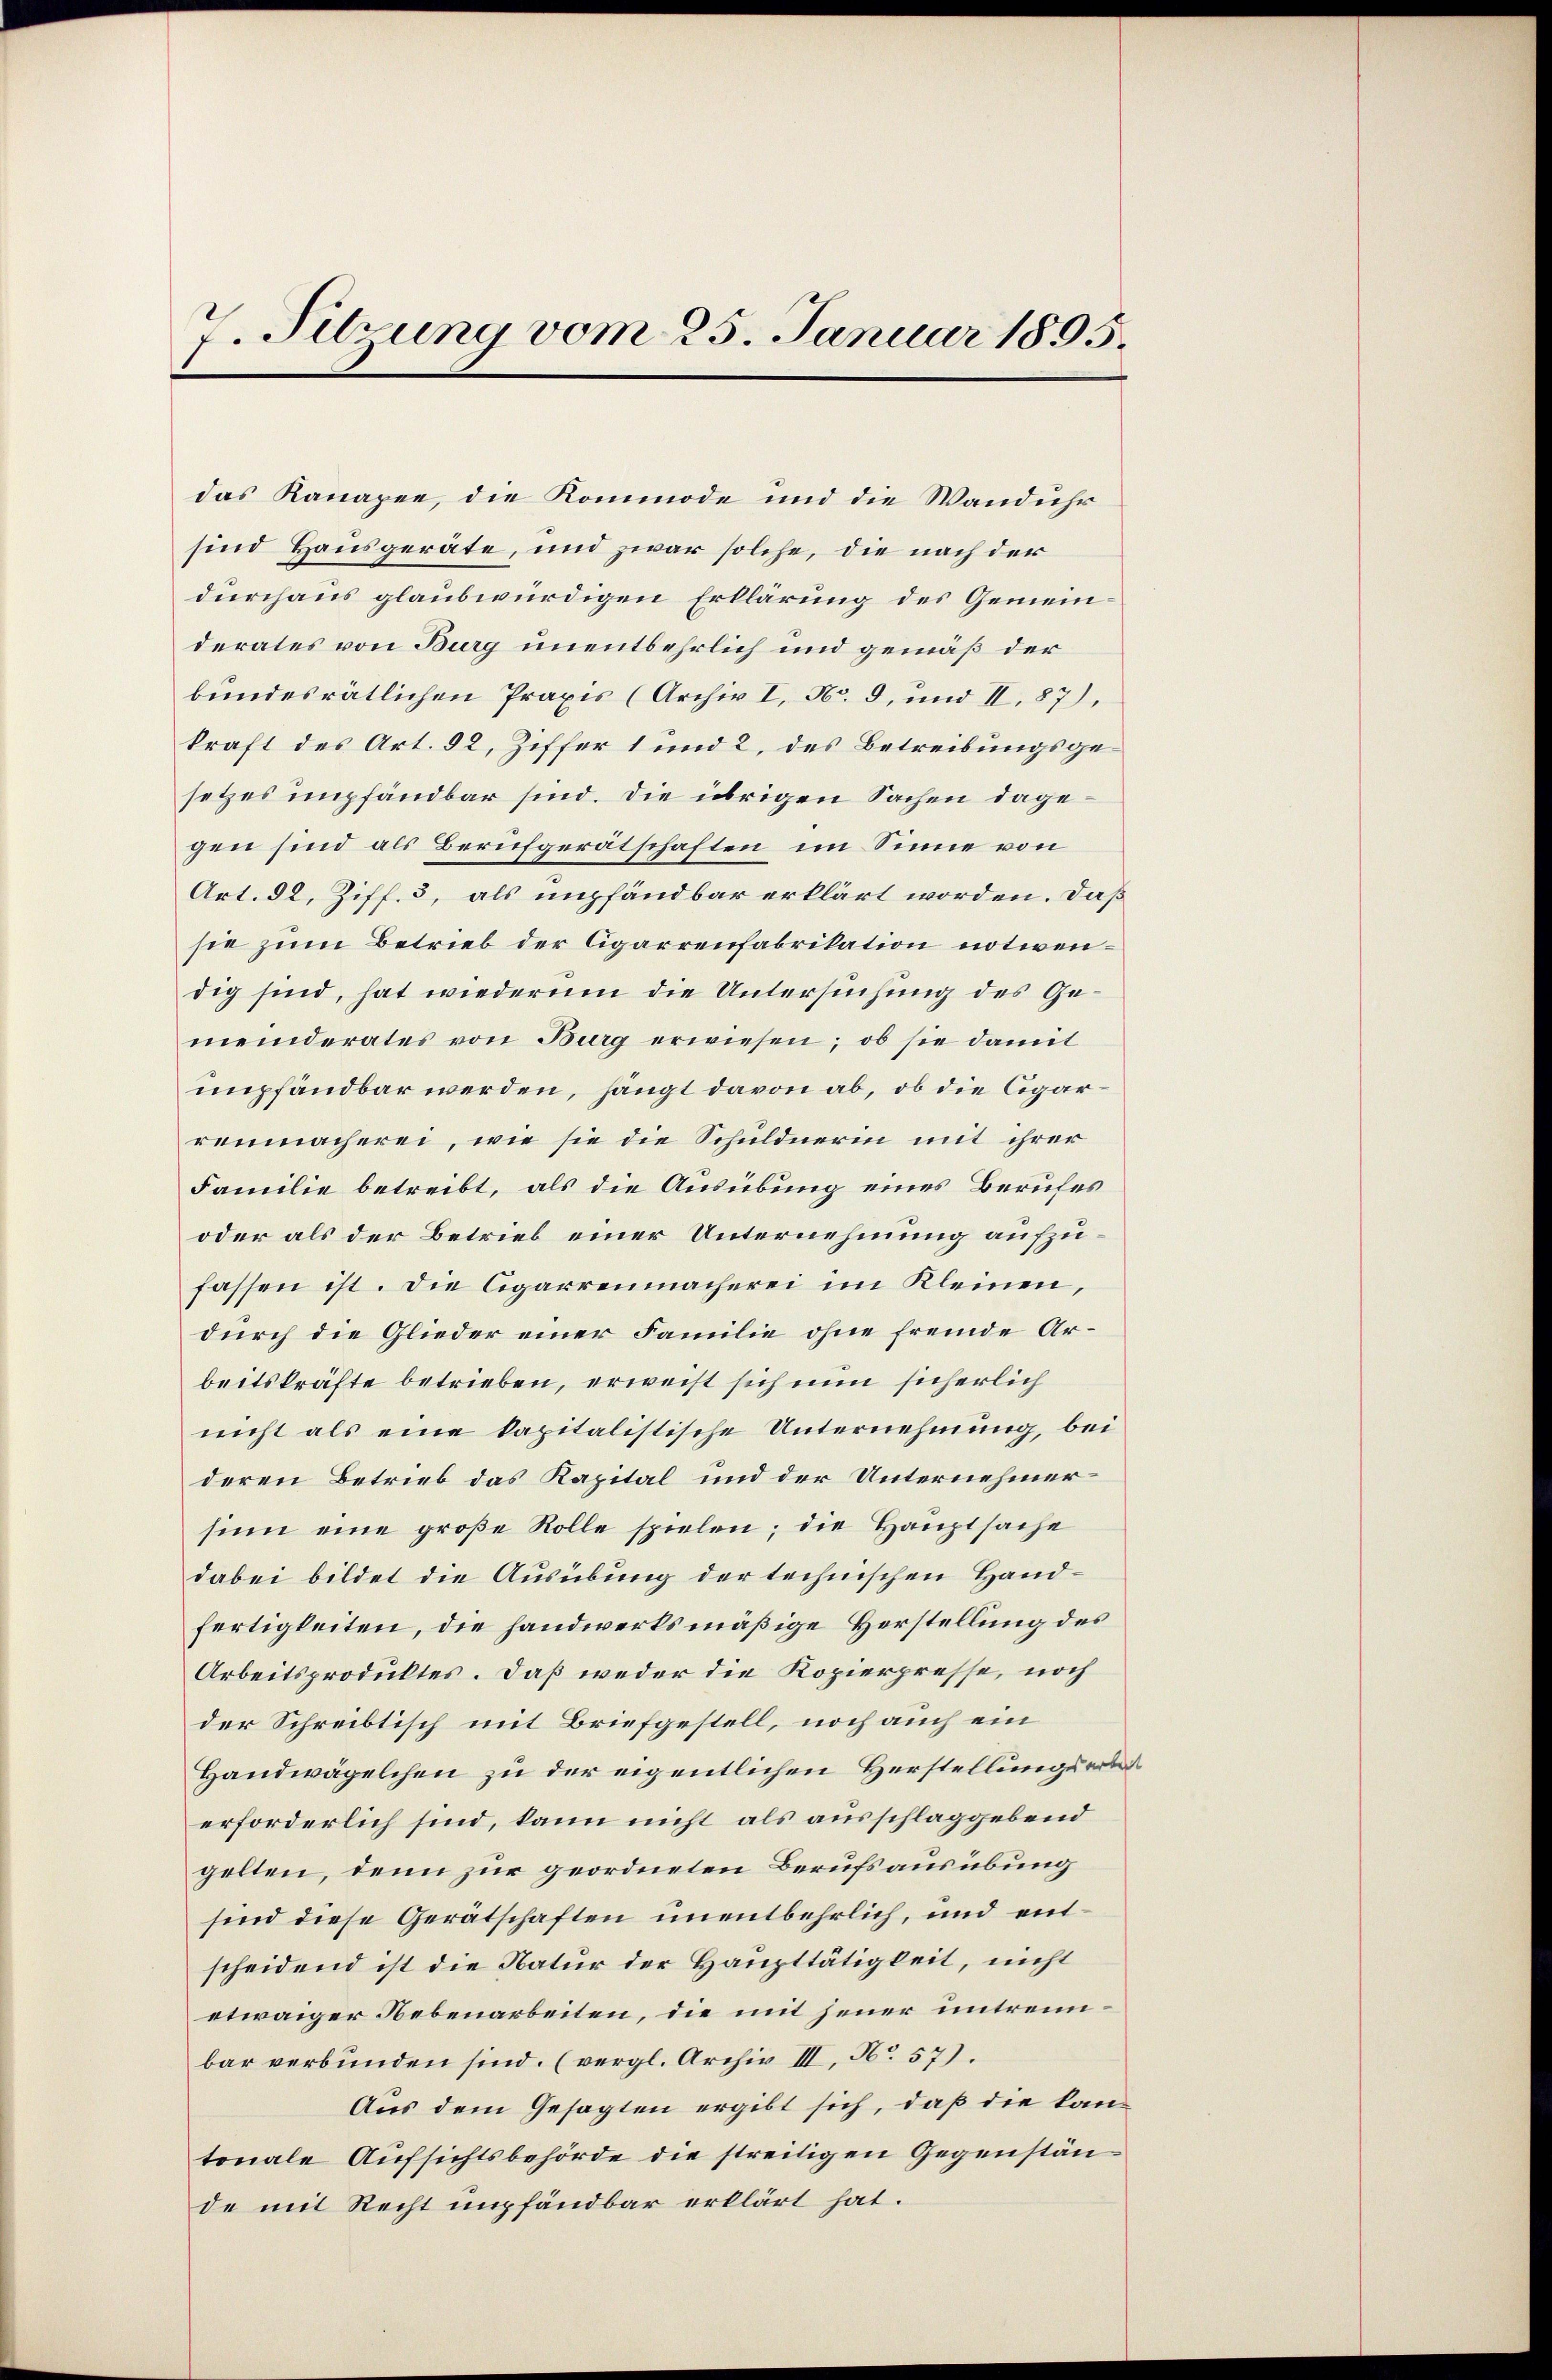
7. Sitzung vom 25. Januar 1895.

das Kanapee, die Kommode und die Wanduhr
sind Hausgeräte, und zwar solche, die nach der
durchaus glaubwürdigen Erklärung des Gemeinderates von Burg unentbehrlich und gemäß der
bundesrätlichen Praxis (Archiv I, No. 3, und II. 87.
kraft des Art. 92, Ziffer 1 und 2, des Betreibungsgesetzes impfandbar sind. Die übrigen Sachen dagegen sind als Berufgerätschaften, im Sinne von
Art. 52, Ziff. 3, als empfandbar erklärt worden. Daß
sie zum Betrieb der Cigarrenfabrikation notwendig sind, hat wiederum die Untersuchung des Gemeinderates von Burg erwiesen; ob sie damit
umpfandbar werden, hängt davon ab, ob die Cigarrenmacherei, wie sie die Schuldnerin mit ihrer
Familie betreibt, als die Ausübung eines Berufes
oder als der Betrieb einer Unternehmung aufzufassen ist. Die Cigarrenmacherei im Kleinen,
durch die Glieder einer Familie ohne fremde Arbeitskräfte betrieben, erweist sich nun sicherlich
nicht als eine kapitalistische Unternehmung, bei
deren Betrieb das Kapital und der Unternehmersinn eine große Rolle spielen; die Hauptsache
dabei bildet die Ausübung der technischen Handfertigkeiten, die handwerksmäßige Herstellung des
Arbeitsproduktes. Daß weder die Kopierpresse, noch
der Schreibtisch mit Briefgestell, noch auch ein
Handwägelchen zu der eigentlichen Herstellungsererforderlich sind, kann nicht als ausschlaggebend
gelten, denn zur geordneten Berufsausübung
sind diese Gerätschaften unentbehrlich, und entscheidend ist die Natur der Haupttätigkeit, nicht
etwaiger Nebenarbeiten, die mit jener untrennbar verbunden sind. (vergl. Archiv III, No. 57).
Aus dem Gesagten ergibt sich, daß die kantonale Aufsichtsbehörde die streitigen Gegenstände mit Recht empfändbar erklärt hat.